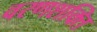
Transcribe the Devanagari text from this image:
वरणशक्ति